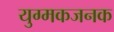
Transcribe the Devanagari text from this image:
युग्मकजनक